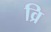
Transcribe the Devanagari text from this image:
व्रि